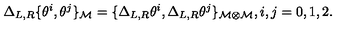
\Delta _ { L , R } \{ \theta ^ { i } , \theta ^ { j } \} _ { \cal M } = \{ \Delta _ { L , R } \theta ^ { i } , \Delta _ { L , R } \theta ^ { j } \} _ { { \cal M } \otimes { \cal M } } , i , j = 0 , 1 , 2 .